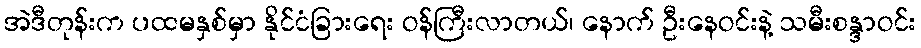
အဲဒီတုန်းက ပထမနှစ်မှာ နိုင်ငံခြားရေး ဝန်ကြီးလာတယ်၊ နောက် ဦးနေဝင်းနဲ့ သမီးစန္ဒာဝင်း